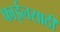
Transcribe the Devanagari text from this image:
फाईलसाठी